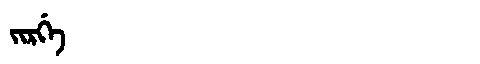
Manchu: ᠵᡳᡵᡤᡝ
Romanization: JIRGE